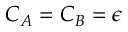
C _ { A } = C _ { B } = \epsilon